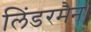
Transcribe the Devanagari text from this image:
लिंडरमैन।